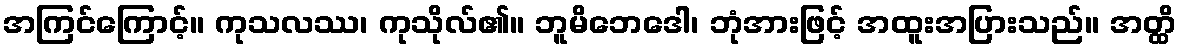
အကြင်ကြောင့်။ ကုသလဿ၊ ကုသိုလ်၏။ ဘူမိဘေဒေါ၊ ဘုံအားဖြင့် အထူးအပြားသည်။ အတ္ထိ